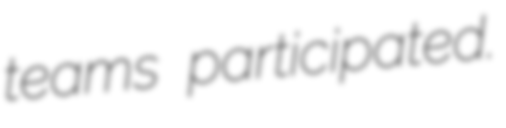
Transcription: teams participated.